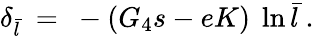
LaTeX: \delta_{\bar{l}}~=~-(G_{4}s-eK)~\ln\bar{l}~.